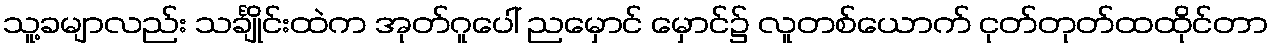
သူ့ခမျာလည်း သင်္ချိုင်းထဲက အုတ်ဂူပေါ် ညမှောင် မှောင်၌ လူတစ်ယောက် ငုတ်တုတ်ထထိုင်တာ